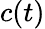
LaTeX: c(t)